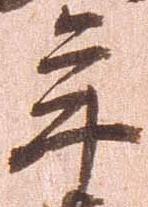
年